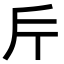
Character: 𭤟